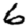
Digit: 6